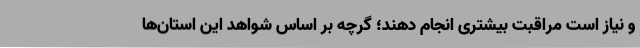
و نیاز است مراقبت بیشتری انجام دهند؛ گرچه بر اساس شواهد این استان‌ها